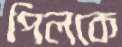
পিলকে